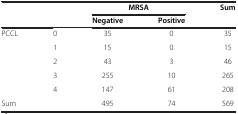
<table><thead><tr><td><b> </b></td><td><b> </b></td><td colspan="2"><b>MRSA</b></td><td><b>Sum</b></td></tr><tr><td><b> </b></td><td><b> </b></td><td><b>Negative</b></td><td><b>Positive</b></td><td><b> </b></td></tr></thead><tbody><tr><td rowspan="5">PCCL</td><td>0</td><td>35</td><td>0</td><td>35</td></tr><tr><td>1</td><td>15</td><td>0</td><td>15</td></tr><tr><td>2</td><td>43</td><td>3</td><td>46</td></tr><tr><td>3</td><td>255</td><td>10</td><td>265</td></tr><tr><td>4</td><td>147</td><td>61</td><td>208</td></tr><tr><td colspan="2">Sum</td><td>495</td><td>74</td><td>569</td></tr></tbody></table>